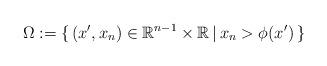
LaTeX: \begin{align*} \Omega :=\{\,(x',x_n)\in\mathbb{R}^{n-1}\times\mathbb{R}\,|\, x_n>\phi(x')\,\}\end{align*}